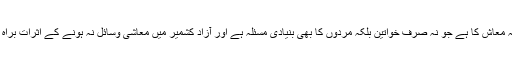
آزاد کشمیر میں سب سے اہم مسئلہ معاش کا ہے جو نہ صرف خواتین بلکہ مردوں کا بھی بنیادی مسئلہ ہے اور آزاد کشمیر میں معاشی وسائل نہ ہونے کے اثرات براہ راست خاندانی نظام پر پڑتے ہیں۔